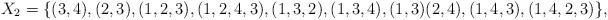
LaTeX: \begin{align*}X_2 = \{ (3, 4), (2, 3), (1, 2, 3), (1, 2, 4, 3), (1, 3, 2), (1, 3, 4), (1, 3)(2, 4), (1, 4, 3), (1, 4, 2, 3)\},\end{align*}